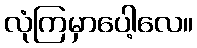
လုံကြမှာပေါ့လေ။